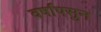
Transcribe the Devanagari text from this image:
वर्षापसुन